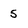
Character: 5